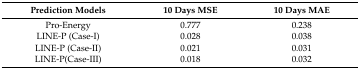
<table><thead><tr><td><b>Prediction Models</b></td><td><b>10 Days MSE</b></td><td><b>10 Days MAE</b></td></tr></thead><tbody><tr><td>Pro-Energy</td><td>0.777</td><td>0.238</td></tr><tr><td>LINE-P (Case-I)</td><td>0.028</td><td>0.038</td></tr><tr><td>LINE-P (Case-II)</td><td>0.021</td><td>0.031</td></tr><tr><td>LINE-P(Case-III)</td><td>0.018</td><td>0.032</td></tr></tbody></table>